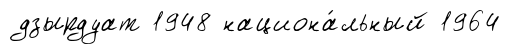
дзырдуат 1948 национа́льный 1964